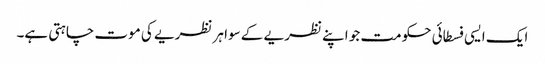
ایک ایسی فسطائی حکومت جو اپنے نظریے کے سوا ہر نظریے کی موت چاہتی ہے۔